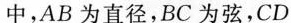
中，AB为直径，BC为弦，CD